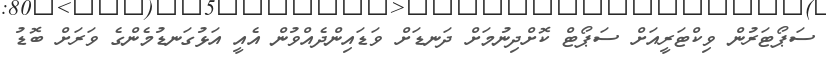
ސަޕޯޓަރުން ވިކްޓަރީއަށް ސަޕޯޓް ކޮށްދިނުމަށް ދަނޑަށް ވަޑައިންދެއްވުން އެއީ އަޅުގަނޑުމެންގެ ވަރަށް ބޮޑު